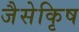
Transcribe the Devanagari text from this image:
जैसेकृिष